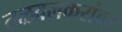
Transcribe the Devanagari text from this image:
तळवलकरांवर